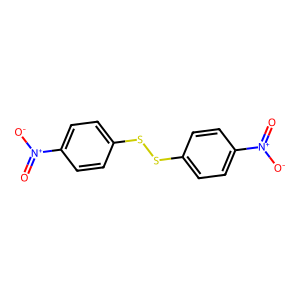
SMILES: O=[N+]([O-])c1ccc(SSc2ccc([N+](=O)[O-])cc2)cc1
Inhibits HIV replication: No